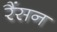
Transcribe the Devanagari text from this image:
रैंसन